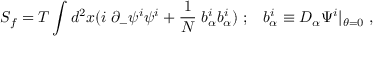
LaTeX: S _ { f } = T \int d ^ { 2 } x ( i \; \partial _ { - } \psi ^ { i } \psi ^ { i } + { \frac { 1 } { N } } \; b _ { \alpha } ^ { i } b _ { \alpha } ^ { i } ) \; ; \; \; \; b _ { \alpha } ^ { i } \equiv D _ { \alpha } \Psi ^ { i } | _ { \theta = 0 } \; ,